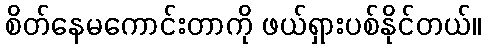
စိတ်နေမကောင်းတာကို ဖယ်ရှားပစ်နိုင်တယ်။